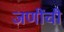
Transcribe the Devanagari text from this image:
जणींची